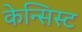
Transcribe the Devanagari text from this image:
केन्सिस्ट